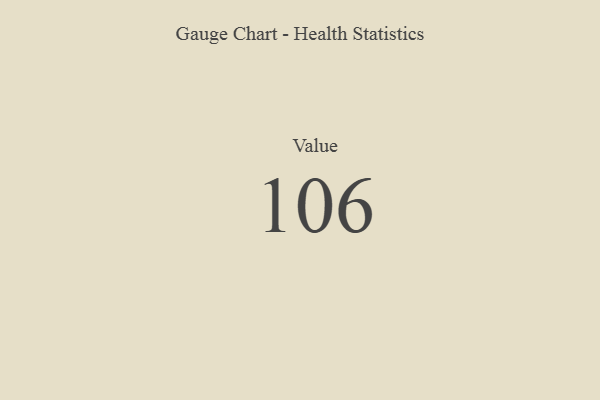
{"axis": {"x": "Metric", "y": "Value"}, "legend": [""], "data": [{"x": "Value", "y": 106, "type": ""}]}